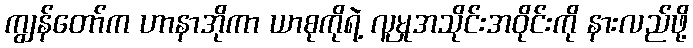
ကျွန်တော်က ဟာနာအိုကာ ယာစုကိုရဲ့ လူမှုအသိုင်းအဝိုင်းကို နားလည်ဖို့